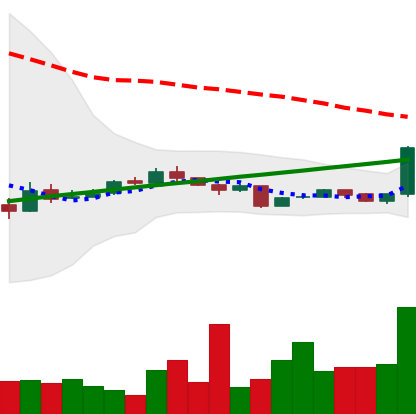
Ticker: BTC-USD
Chart end date: 2016-09-03
Forward return: 4.698%
Label: up_3_5